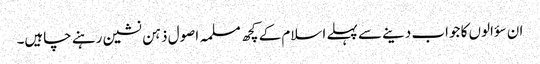
ان سؤالوں کا جواب دینے سے پہلے اسلام کے کچھ مسلمہ اصول ذہن نشین رہنے چاہیں۔